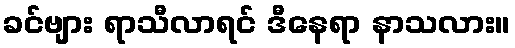
ခင်ဗျား ရာသီလာရင် ဒီနေရာ နာသလား။